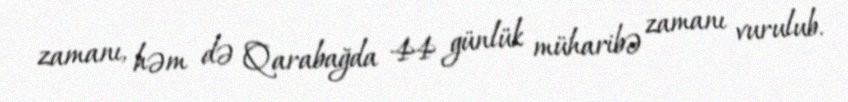
zamanı, həm də Qarabağda 44 günlük müharibə zamanı vurulub.